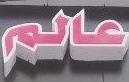
عالم